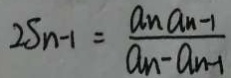
2 S n - 1 = \frac { a _ { n } a _ { n - 1 } } { a _ { n } - a _ { n - 1 } }